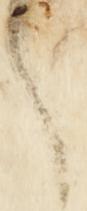
言